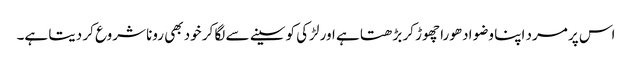
اس پر مرد اپنا وضو ادھورا چھوڑ کر بڑھتا ہے اور لڑکی کو سینے سے لگا کر خود بھی رونا شروع کر دیتا ہے۔